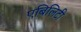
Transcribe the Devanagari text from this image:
एबिलिटी